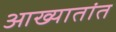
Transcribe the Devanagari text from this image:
आख्यातांत